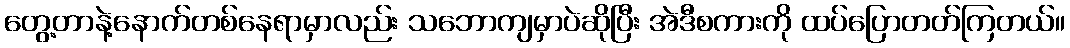
တွေ့တာနဲ့နောက်တစ်နေရာမှာလည်း သဘောကျမှာပဲဆိုပြီး အဲဒီစကားကို ထပ်ပြောတတ်ကြတယ်။